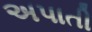
અપાતી